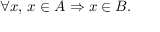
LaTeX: \forall x , \, x \in A \Rightarrow x \in B .